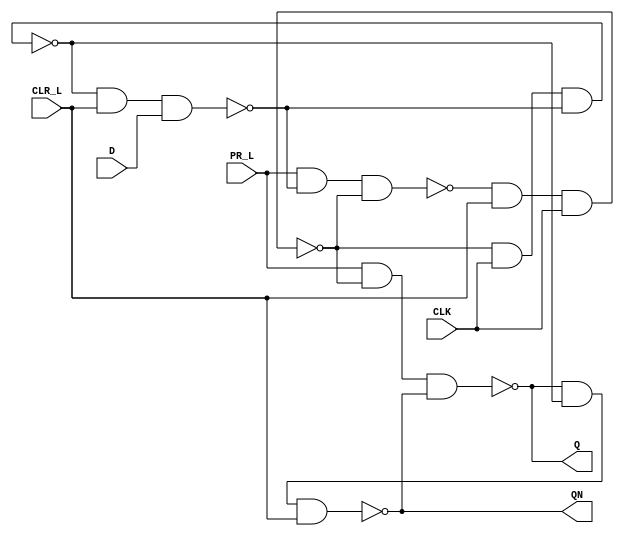
module mj74x74(
CLK , D , PR_L , CLR_L , Q , QN
);
input  CLK , D , PR_L , CLR_L ;
output Q , QN ;
wire [4:1]w; 
nand(w[1],PR_L,w[4],w[2]);
nand(w[2],w[1],CLR_L,CLK);
nand(w[3],w[2],CLK,w[4]);
nand(w[4],w[3],CLR_L,D);
nand(Q,PR_L,w[2],QN);
nand(QN,Q,w[3],CLR_L);

endmodule